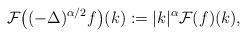
LaTeX: \begin{align*}\mathcal{F} \big( ( - \Delta)^{\alpha /2} f \big) ( k) : = |k|^\alpha \mathcal{ F} ( f) ( k),\end{align*}